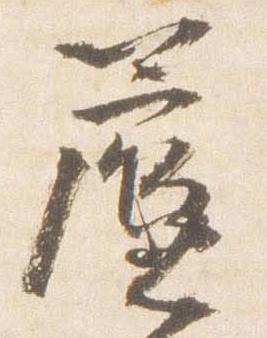
簾